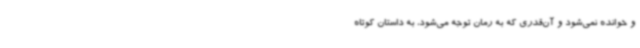
و خوانده نمی‌شود و آن‌قدری که به رمان توجه می‌شود، به داستان کوتاه